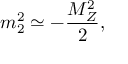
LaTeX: m _ { 2 } ^ { 2 } \simeq - \frac { M _ { Z } ^ { 2 } } { 2 } ,